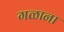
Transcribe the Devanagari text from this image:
गळाना